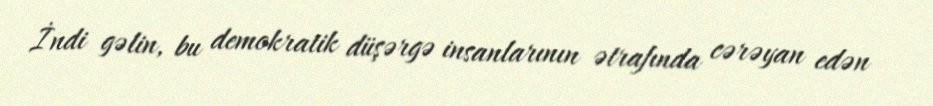
İndi gəlin, bu demokratik düşərgə insanlarının ətrafında cərəyan edən